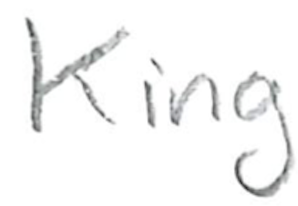
Text: King
Cross-out: clean
Writing tool: pencil